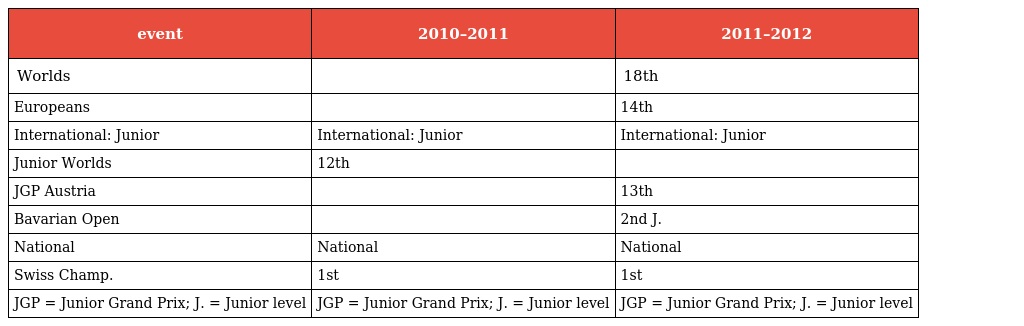
| event | 2010–2011 | 2011–2012 |
 | --- | --- | --- |
 | Worlds |  | 18th |
 | Europeans |  | 14th |
 | International: Junior | International: Junior | International: Junior |
 | Junior Worlds | 12th |  |
 | JGP Austria |  | 13th |
 | Bavarian Open |  | 2nd J. |
 | National | National | National |
 | Swiss Champ. | 1st | 1st |
 | JGP = Junior Grand Prix; J. = Junior level | JGP = Junior Grand Prix; J. = Junior level | JGP = Junior Grand Prix; J. = Junior level |